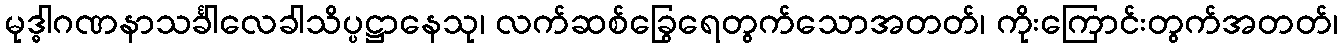
မုဒ္ဓါဂဏနာသင်္ခါလေခါသိပ္ပဋ္ဌာနေသု၊ လက်ဆစ်ခြွေရေတွက်သောအတတ်၊ ကိုးကြောင်းတွက်အတတ်၊